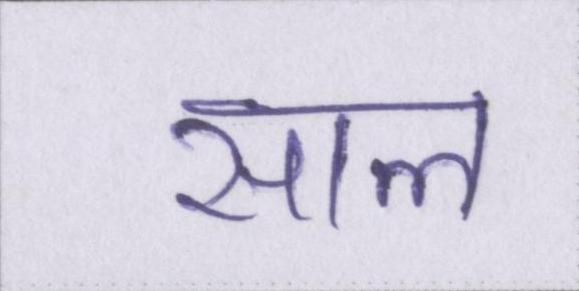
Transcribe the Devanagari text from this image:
साल